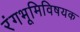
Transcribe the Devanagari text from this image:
रंगभूमिविषयक